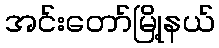
အင်းတော်မြို့နယ်